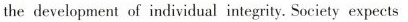
the development of individual integrity. Society expects